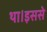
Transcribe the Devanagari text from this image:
था।इससे